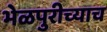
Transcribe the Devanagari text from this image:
भेळपुरीच्याच